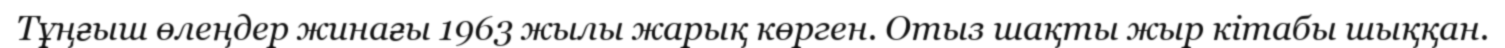
Тұңғыш өлеңдер жинағы 1963 жылы жарық көрген. Отыз шақты жыр кітабы шыққан.